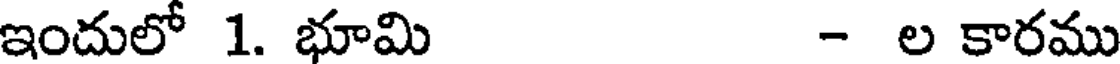
ఇందులో 1. భూమి - ల కారము